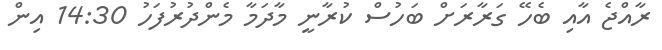
ރާއްޖެ އާއި ބެހޭ ގަރާރަށް ބަހުސް ކުރާނީ މާދަމާ މެންދުރުފަހު 14:30 އިން